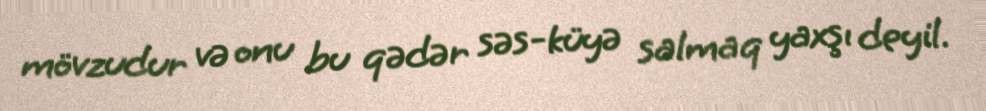
mövzudur və onu bu qədər səs-küyə salmaq yaxşı deyil.